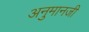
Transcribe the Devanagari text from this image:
अनुमानजी